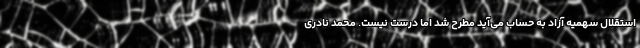
استقلال سهمیه آزاد به حساب می‌آید مطرح شد اما درست نیست. محمد نادری